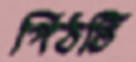
পিঠটি